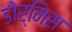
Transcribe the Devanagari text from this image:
डोर्मिस